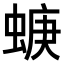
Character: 𧍁